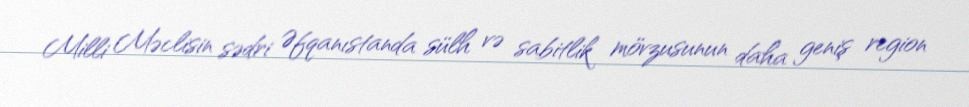
Milli Məclisin sədri Əfqanıstanda sülh və sabitlik mövzusunun daha geniş region